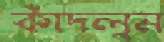
কাঁদলুম